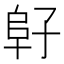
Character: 𱀂